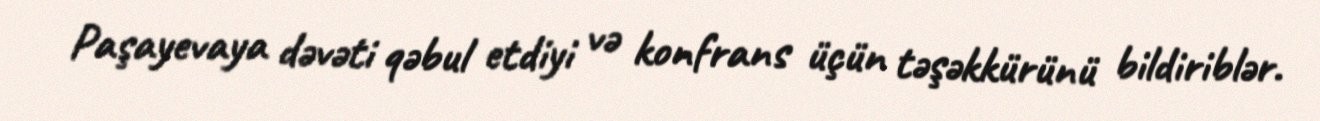
Paşayevaya dəvəti qəbul etdiyi və konfrans üçün təşəkkürünü bildiriblər.